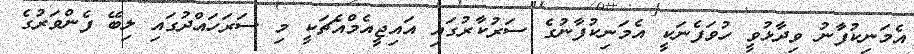
އެމަނިކުފާނު ވިދާޅުވީ ހުވަފެނަކީ އެމަނިކުފާނުގެ ސަރުކާރުގައި އައިޖީއެމްއެޗަކީ މި ސަރަހައްދުގައި ލިބޭ ފެންވަރުގެ